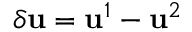
\delta \mathbf { u } = \mathbf { u } ^ { 1 } - \mathbf { u } ^ { 2 }